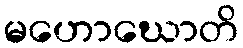
မဟောဃောတိ